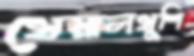
খেয়ালখুশি